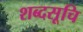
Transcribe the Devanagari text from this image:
शब्दसूचि